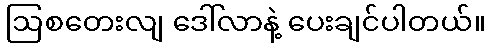
ဩစတေးလျ ဒေါ်လာနဲ့ ပေးချင်ပါတယ်။